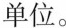
单位。